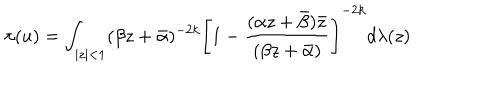
\pi ( u ) = \int _ { | z | < 1 } ( \beta z + \bar { \alpha } ) ^ { - 2 k } \left[ 1 - \frac { ( \alpha z + \bar { \beta } ) \bar { z } } { ( \beta z + \bar { \alpha } ) } \right] ^ { - 2 k } d \lambda ( z )